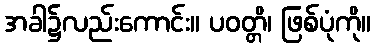
အခါ၌လည်းကောင်း။ ပဝတ္တိ၊ ဖြစ်ပုံကို။